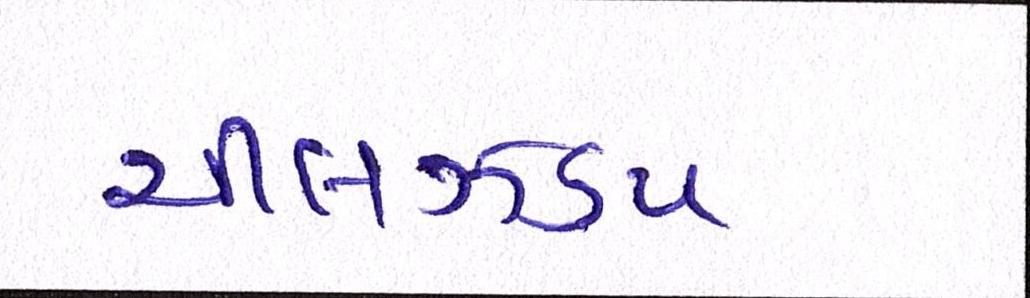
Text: ચીલઝડપ